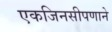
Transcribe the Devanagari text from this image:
एकजिनसीपणाने